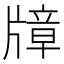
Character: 𱭠